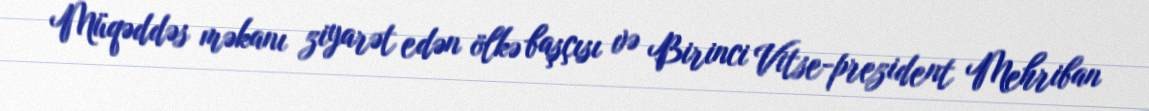
Müqəddəs məkanı ziyarət edən ölkə başçısı və Birinci Vitse-prezident Mehriban